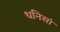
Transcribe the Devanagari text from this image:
धनिसां